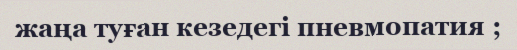
жаңа туған кезедегі пневмопатия ;